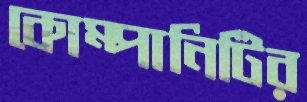
কোম্পানিটির